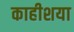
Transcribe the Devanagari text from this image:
काहीशया